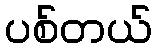
ပစ်တယ်